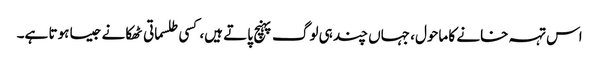
اس تہہ خانے کا ماحول، جہاں چند ہی لوگ پہنچ پاتے ہیں، کسی طلسماتی ٹھکانے جیسا ہوتا ہے۔